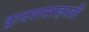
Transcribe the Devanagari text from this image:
द्वादशसाहस्त्री